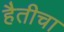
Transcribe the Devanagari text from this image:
हैतीचा